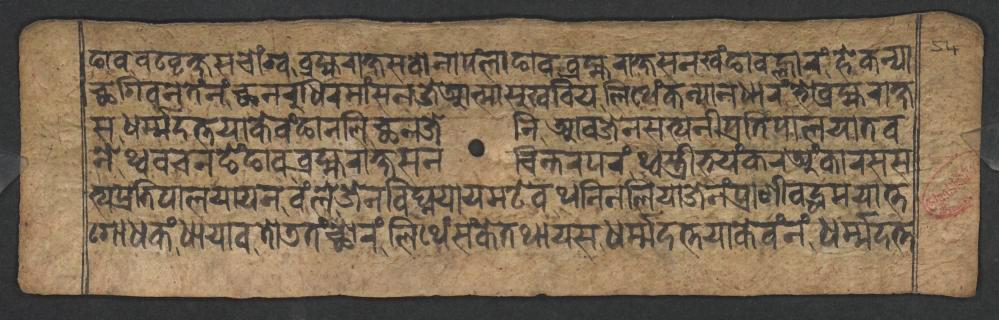
𑐒𑐵𑐰𑐰𑐚𑐰𑐺𑐎𑑂𑐲𑐳𑐔𑑀𑑄𑐐𑑂𑐰𑐧𑑂𑐬𑐴𑑂𑐩𑐬𑐵𑐎𑑂𑐲𑐳𑐰𑑀𑐣𑐵𑐥𑑄𑐮𑐵𑐒𑐵𑐰𑐧𑑂𑐬𑐴𑑂𑐩𑐬𑐵𑐎𑑂𑐲𑐳𑐣𑐏𑑄𑐒𑐵𑐰𑐮𑑂𑐴𑐵𑐬𑑄𑐴𑐾𑐎𑐣𑑂𑐫𑐵 𑐕𑐐𑐶𑐰𑐣𑐾𑐟𑐾𑑄𑐣𑑄𑐕𑐣𑐬𑐸𑐢𑐶𑐬𑐩𑐵𑑄𑐳𑐣𑐖𑐾𑐁𑐟𑑂𑐩𑐵𑐳𑐸𑐏𑐧𑐶𑐫𑐮𑐶𑐠𑐾𑑄𑐎𑐣𑑂𑐫𑐵𑐣𑐢𑐵𑐬𑑄𑐨𑑀𑐧𑑂𑐬𑐴𑑂𑐩𑐬𑐵𑐎𑑂𑐲 𑐳𑐢𑐬𑑂𑐩𑑂𑐩𑐡𑐟𑑂𑐟𑐫𑐵𑐎𑐾𑐰𑑄𑐒𑐵𑐣𑐮𑐶𑐕𑐣𑐖𑐾𑐣𑐶𑐁𑐰𑐖𑐾𑐣𑐳𑐟𑑂𑐫𑐣𑐷𑐥𑑂𑐬𑐟𑐶𑐥𑐵𑐮𑐫𑐵𑐟𑐰 𑐣𑐾𑐠𑑂𑐰𑐰𑐔𑐣𑐒𑐾𑑄𑐒𑐵𑐰𑐧𑑂𑐬𑐴𑑂𑐩𑐬𑐵𑐎𑑂𑐲𑐳𑐣𑐔𑐶𑐣𑑂𑐟𑐬𑐥𑐬𑑄𑐠𑑂𑐰𑐳𑑂𑐟𑑂𑐬𑐷𑐨𑐫𑑄𑐎𑐬𑐀𑑄𑐎𑐵𑐬𑐳𑐳 𑐟𑑂𑐫𑐥𑑂𑐬𑐟𑐶𑐥𑐵𑐮𑐫𑐵𑐫𑐣𑐰𑑄𑐮𑐾𑐖𑐾𑐣𑐰𑐶𑐑𑑂𑐣𑐫𑐵𑐫𑐩𑐚𑐾𑐰𑐠𑐣𑐶𑐣𑐮𑐶𑐫𑐵𑐖𑐾𑐣𑑄𑐥𑑂𑐬𑐵𑐞𑐷𑐰𑐡𑑂𑐢𑐩𑐫𑐵𑐟𑑂𑐟 𑐐𑑀𑐢𑐎𑑄𑐢𑐵𑐫𑐵𑐰𑐟𑑀𑐜𑐟𑑄𑐕𑑀𑐬𑑄𑐮𑐶𑐠𑐾𑑄𑐳𑑄𑐎𑐾𑐟𑐠𑐵𑐫𑐳𑐢𑐬𑑂𑐩𑑂𑐩𑐡𑐟𑑂𑐟𑐫𑐵𑐎𑐾𑐰𑑄𑐣𑑄𑐢𑐬𑑂𑐩𑑂𑐩𑐡𑐟𑑂𑐟